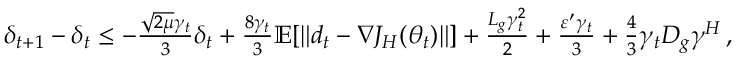
\begin{array} { r } { \delta _ { t + 1 } - \delta _ { t } \leq - \frac { \sqrt { 2 \mu } \gamma _ { t } } { 3 } \delta _ { t } + \frac { 8 \gamma _ { t } } { 3 } \mathbb E [ \left\| d _ { t } - \nabla J _ { H } ( \theta _ { t } ) \right\| ] + \frac { L _ { g } \gamma _ { t } ^ { 2 } } { 2 } + \frac { \varepsilon ^ { \prime } \gamma _ { t } } { 3 } + \frac { 4 } { 3 } \gamma _ { t } D _ { g } \gamma ^ { { H } } \, , } \end{array}